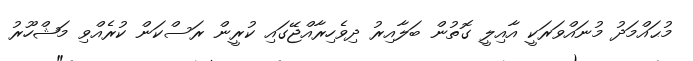
މުޙައްމަދު މުނައްވަރަކީ އާއިލީ ގޮތުން ބަލާއިރު ދިވެހިރާއްޖޭގައި ކުރީން ރަސްކަން ކުރެއްވި މަޝްހޫރު